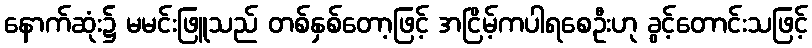
နောက်ဆုံး၌ မမင်းဖြူသည် တစ်နှစ်တော့ဖြင့် အငြိမ့်ကပါရစေဦးဟု ခွင့်တောင်းသဖြင့်